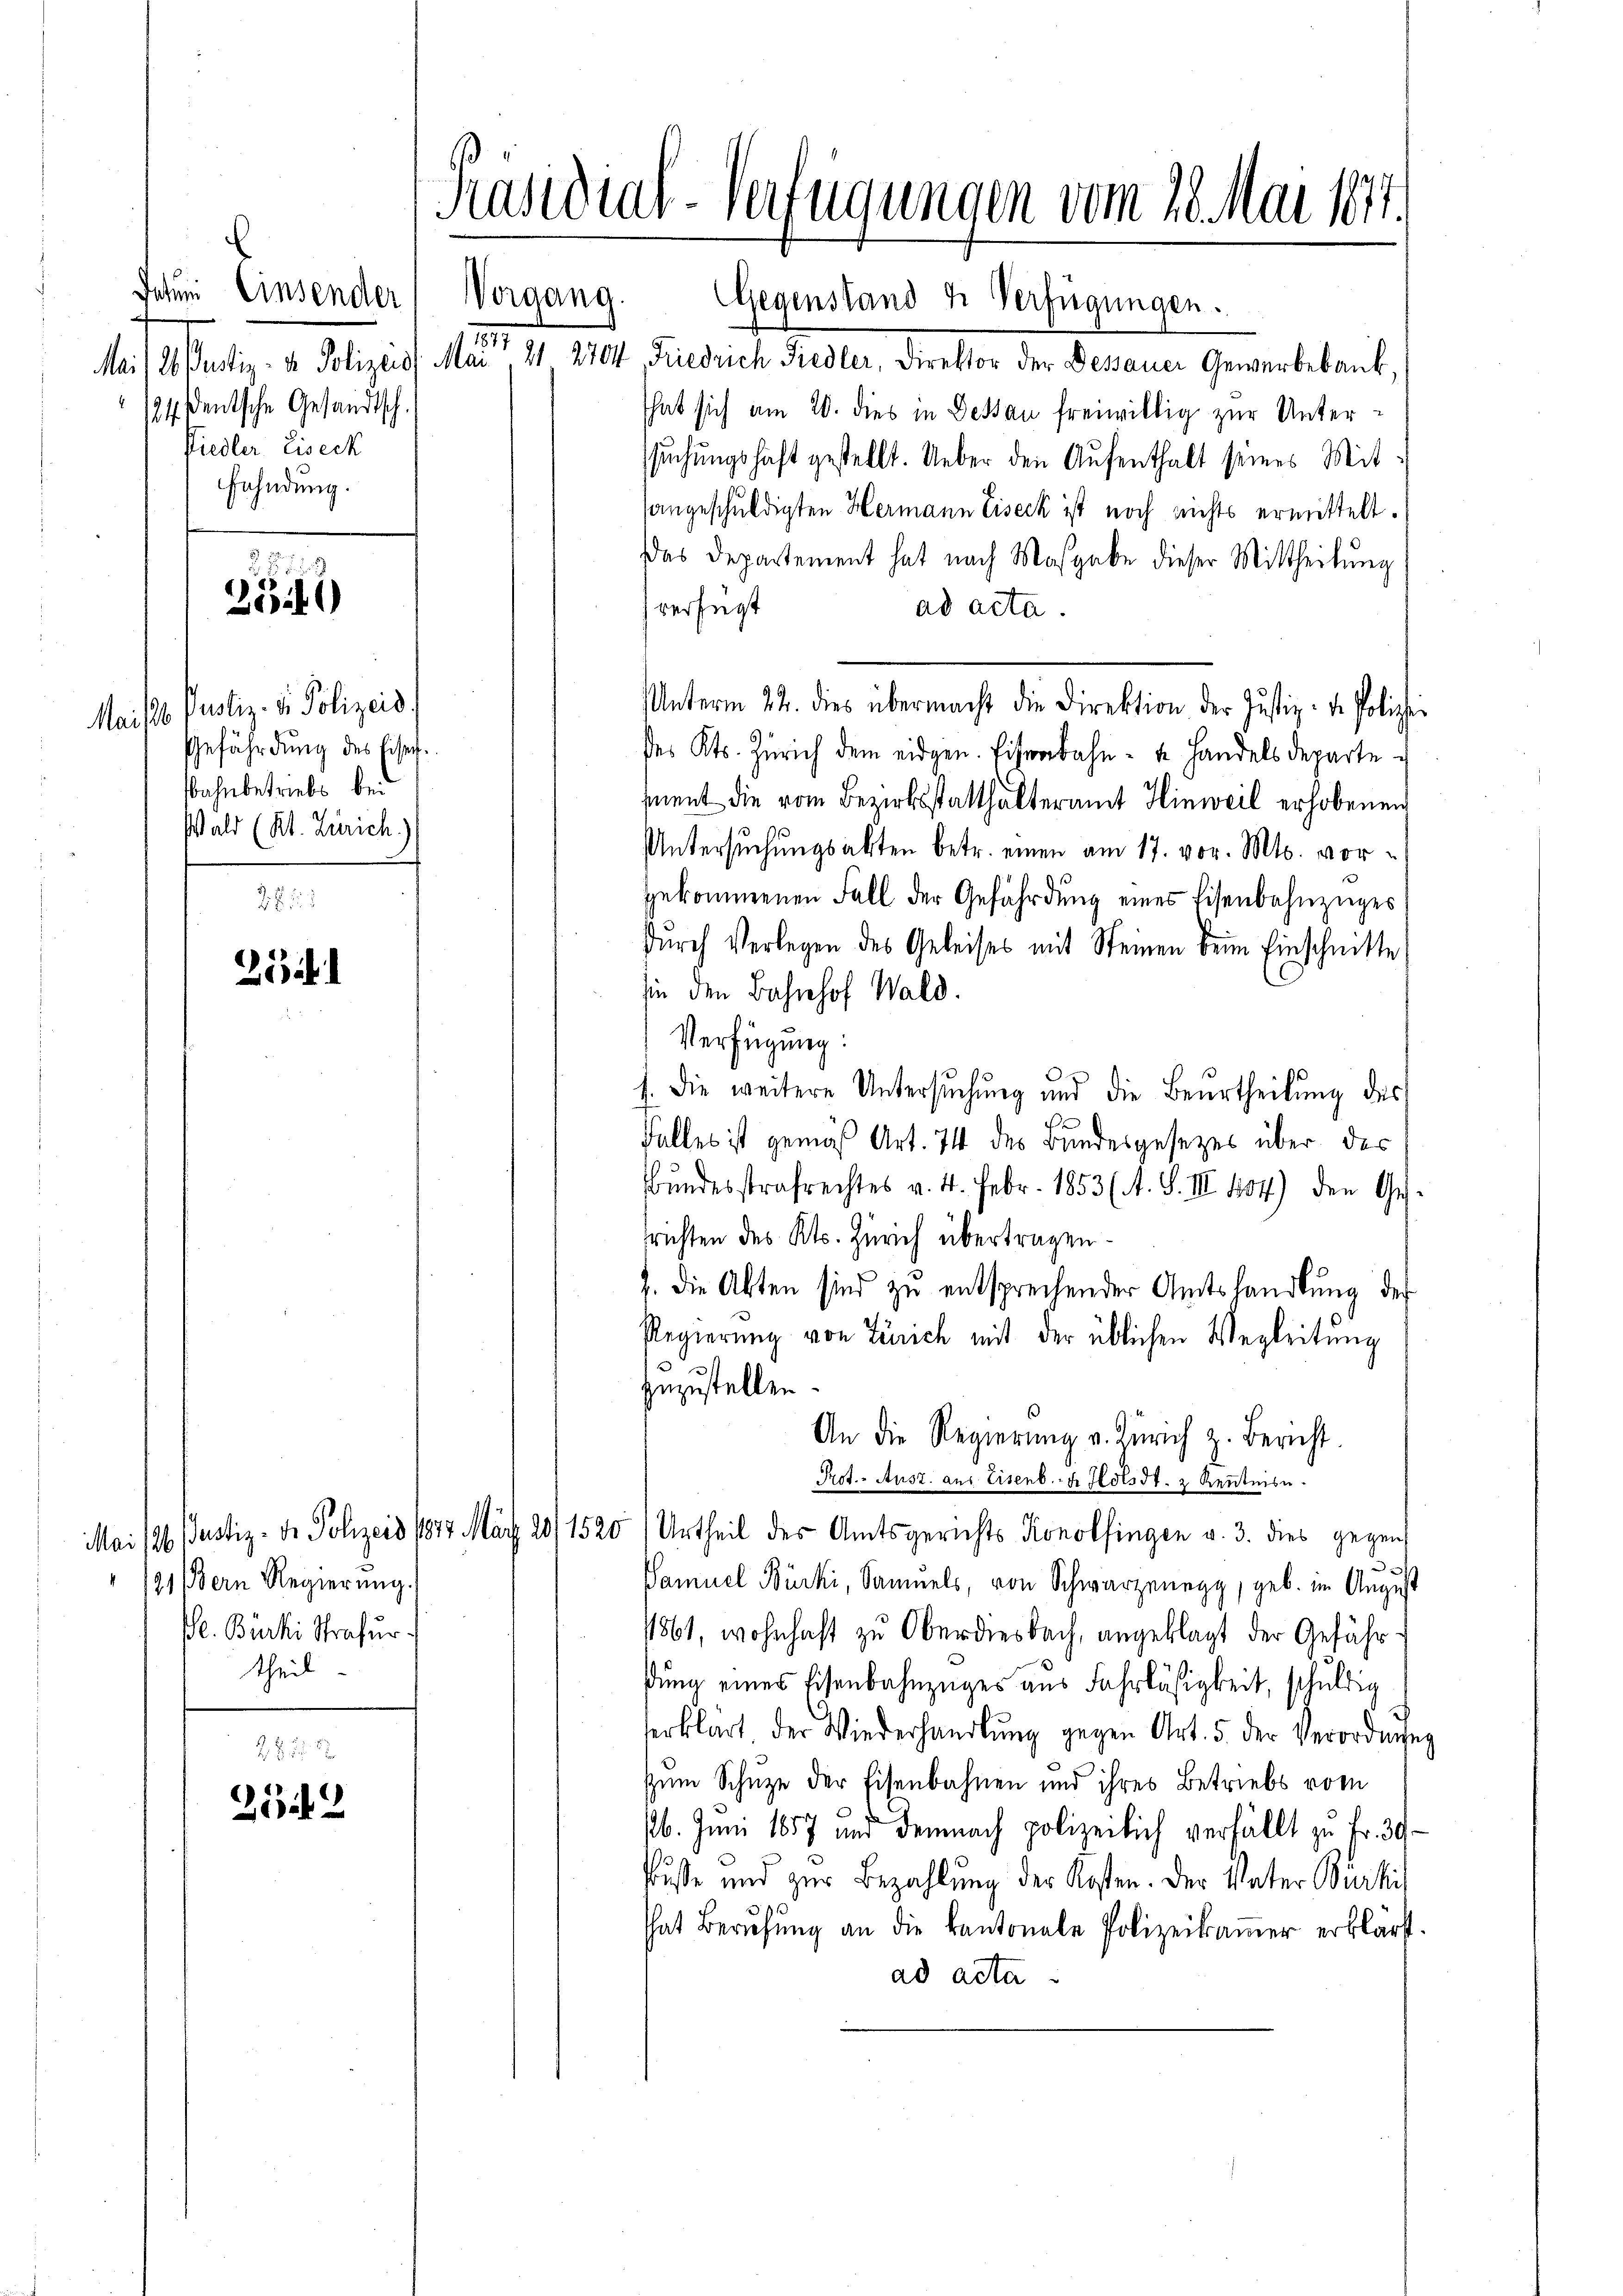
Datum Einsender
Vorgang.
1
124 deutsche Gesandtsch.
Fiedler Eiseck
Fahndung.

2541)

Maisis Pustiz- & Polizeid
Gefährdung des Lisef.
Bahnbetriebs bei
Wald (Kt. Zürich

25.

2542

Präsidial-Verfügungen vom 28. Mai 1877.

Gegenstand u Verfügungen.
Mai/26. Justiz- & Polizeis. Mai 21. 2704 Friedrich Fiedler, Direktor der Dessauer Gewerbebauk,
That sich am 20. dies in Dessau freiwillig zur Unterssuchungshaft gestellt. Ueber den Aufenthalt seines Mitsangeschuldigten Hermann Eiseck ist noch nichts ermittelt.
das Departement hat nach Masgabe dieser Mittheilung
verfügt
ad acta.
ses Kts. Zürich dem eidgen. Eisenbahn- u. Handels departe
ment die vom Bezirksstatthalteramt Hinweil erhobenen
Untersuchungsakten betr. einen am 17. vor. Mts. vorgekommenen Fall der Gefährdung eines Eisenbahnzuges
durch Verlegen des Geleises mit Steinen beim Einschnitte
sie den Bahnhof Wald.
Verfügung:
1. Die weitere Untersŭchŭng und die Beurtheilŭng des
Falles ist gemäß Art. 74 des Bundesgesezes über des
Bundesstrafrechtes v. 4. Febr. 1853 (A. S. III 104) den Ges.
srichten des Kts. Zürich übertragen.
. die Akten sind zu entsprechender Amtshandlung der
Regierung von Zürich mit der üblichen Wegleitung
3
zuzustellen.
An die Regierung v. Zürich z. Bericht.
Prot. - Ausz. aus Eisenb. 4. Holsdt. 2 Kenntnis.
Mai 186. Justiz- Dr. Polizeis 1827. März 28/1520 (Urtheil des Amtsgerichts Konolfingen v. 3. dies gegen
e
Samuel Bürki, Samuels, von Schwarzenegg, geb. im August
11861, wohnhaft zu Oberdiesbach, angeklagt der Gefähr
dung eines Eisenbahnzuges aus Fahrläßigkeit, schuldig
serklärt, der Wiederhandlŭng gegen Art. 5. der Verordnung
zum Schuze der Eisenbahnen und ihres Betriebs vom
16. Juni 1857 und demnach polizeilich verfällt zu Fr. 39
Buße und zur Bezahlung der Kosten. Der Vater Bürkis
hhat Berufung an die kantonale Polizeikamer erklärt.
ad acta

91 Bern Regierung.
Pl. Bürki Strafur
theil

Unterm 22. dies übermacht die Direktion der Justiz- de Polizei